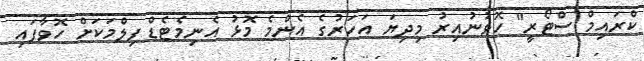
ކްރައިމް ސްޓޯރީ" ހޮވުނުއިރު މިދިޔަ އަހަރުގެ އެންމެ މޮޅު އެނިމެޓެޑް ފިލްމަކަށް ހޮވާފައި